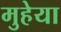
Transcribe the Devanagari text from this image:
मुहेया